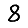
Digit: 8